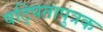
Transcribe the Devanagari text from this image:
षट्पितापुत्रक